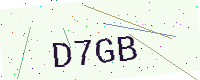
Text: D7GB